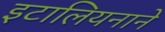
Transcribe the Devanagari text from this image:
इटालियनाने